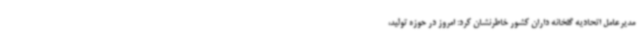
مدیرعامل اتحادیه گلخانه داران کشور خاطرنشان کرد: امروز در حوزه تولید،